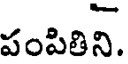
పంపితిని.